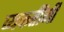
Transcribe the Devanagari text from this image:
व्यकतींनी